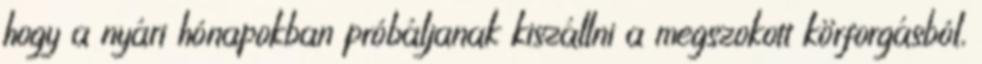
hogy a nyári hónapokban próbáljanak kiszállni a megszokott körforgásból,